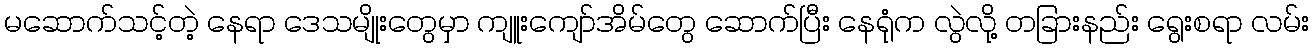
မဆောက်သင့်တဲ့ နေရာ ဒေသမျိုးတွေမှာ ကျူးကျော်အိမ်တွေ ဆောက်ပြီး နေရုံက လွဲလို့ တခြားနည်း ရွေးစရာ လမ်း